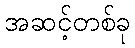
အဆင့်တစ်ခု